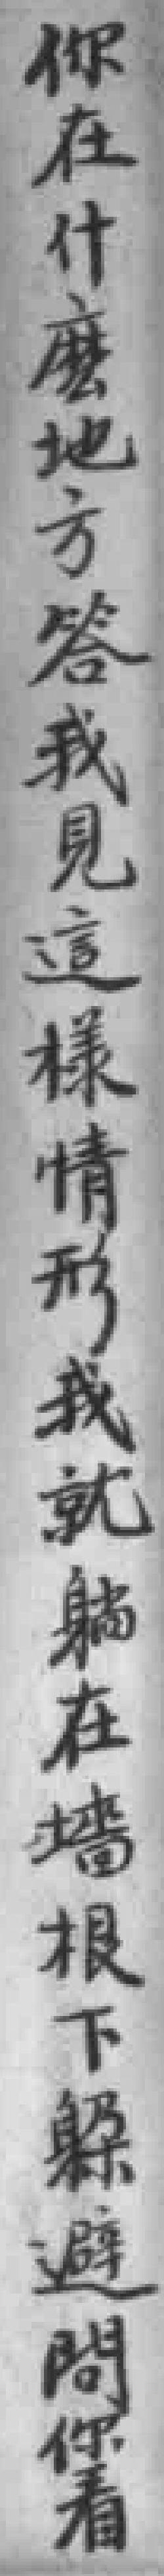
你在什麼地方答我見這樣情形我就躺在牆根下躱避問你看